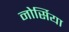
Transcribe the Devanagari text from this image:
नोर्सिया